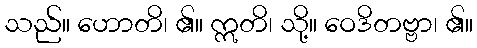
သည်။ ဟောတိ၊ ၏။ ဣတိ၊ သို့။ ဝေဒိတဗ္ဗာ၊ ၏။